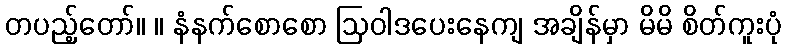
တပည့်တော်။ ။ နံနက်စောစော ဩဝါဒပေးနေကျ အချိန်မှာ မိမိ စိတ်ကူးပုံ